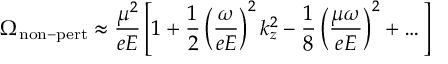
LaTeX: \Omega _ { \mathrm { n o n - p e r t } } \approx \frac { \mu ^ { 2 } } { e E } \left[ 1 + \frac { 1 } { 2 } \left( \frac { \omega } { e E } \right) ^ { 2 } k _ { z } ^ { 2 } - \frac { 1 } { 8 } \left( \frac { \mu \omega } { e E } \right) ^ { 2 } + \dots \right]